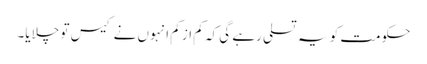
حکومت کو یہ تسلی رہے گی کہ کم از کم انہوں نے کیس تو چلایا۔